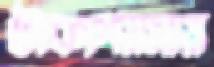
টাকাপয়সায়